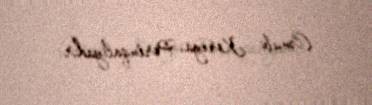
Cənubi Koreya, Portuqaliyadır.